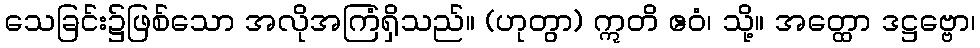
သေခြင်း၌ဖြစ်သော အလိုအကြံရှိသည်။ (ဟုတွာ) ဣတိ ဧဝံ၊ သို့။ အတ္ထော ဒဋ္ဌဗ္ဗော၊